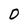
Character: 0